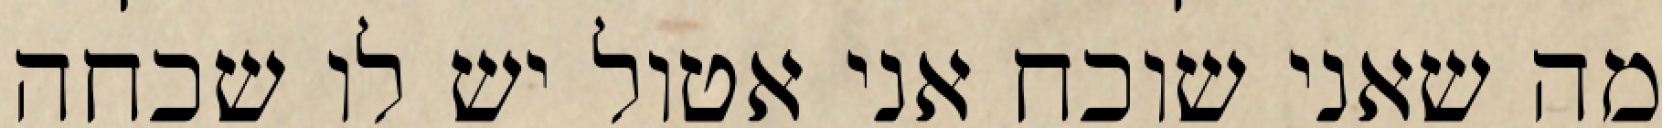
מה שאני שוכח אני אטול יש לו שכחה